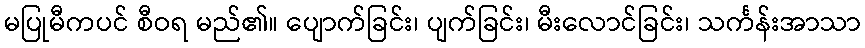
မပြုမီကပင် စီဝရ မည်၏။ ပျောက်ခြင်း၊ ပျက်ခြင်း၊ မီးလောင်ခြင်း၊ သင်္ကန်းအာသာ